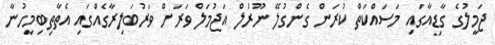
ޖަމީލުގެ ގާޑިއާގައި މަސައްކަތް ކުރަން ގެންގުލޭ ނޫރުލް އަޖުމަލް ވަރަށް ވަރުބަލިރާގެއްގައި އެތާތިބިމީހުނާ